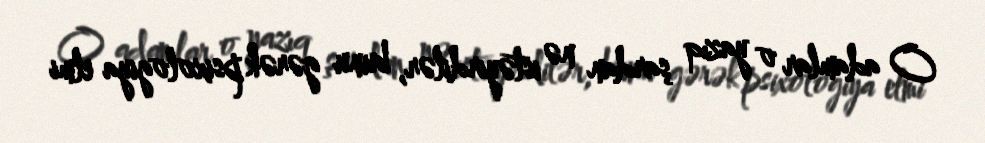
O adamlar o yazıq şardan nə istəyirdilər, bunu gərək psixologiya elmi